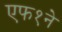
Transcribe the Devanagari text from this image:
एफ१ने